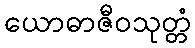
ယောဓာဇီဝသုတ္တံ